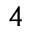
4